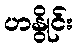
ဟနွိုင်း